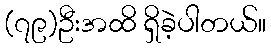
(၇၉)ဦးအထိ ရှိခဲ့ပါတယ်။